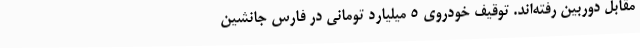
مقابل دوربین رفته‌اند. توقیف خودروی ۵ میلیارد تومانی در فارس جانشین